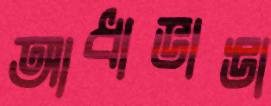
আধাভাঙা